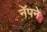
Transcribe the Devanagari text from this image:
नॅपने